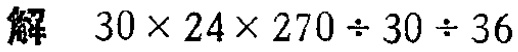
解 \(30\times24\times270\div30\div36\)